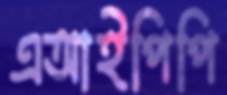
এআইপিপি